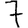
Digit: 7